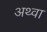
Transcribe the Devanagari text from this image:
अथ्‍वा